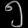
Digit: ၅